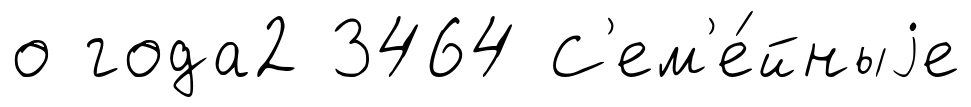
о года2 3464 С'ем'е́йныjе